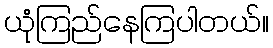
ယုံကြည်နေကြပါတယ်။